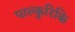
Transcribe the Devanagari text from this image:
पाल्कुरिकि